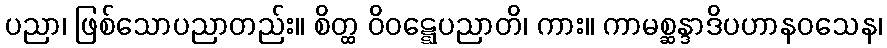
ပညာ၊ ဖြစ်သောပညာတည်း။ စိတ္ထ ဝိဝဋ္ဋေပညာတိ၊ ကား။ ကာမစ္ဆန္ဒာဒိပဟာနဝသေန၊